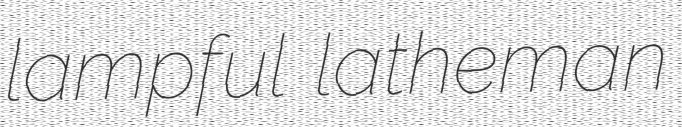
lampful latheman